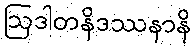
ဩဒါတနိဒဿနာနိ